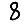
Digit: 8